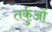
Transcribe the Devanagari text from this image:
तर्कुओं